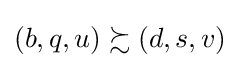
\left(b,q,u\right)\succsim \left(d,s,v\right)